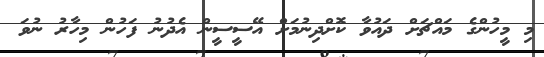
މި މީހުންގެ މައްޗަށް ދައުވާ ކޮށްދިނުމަށް އޭސީސީން އެދުނު ފަހުން މިހާރު ނުވަ